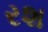
રશ